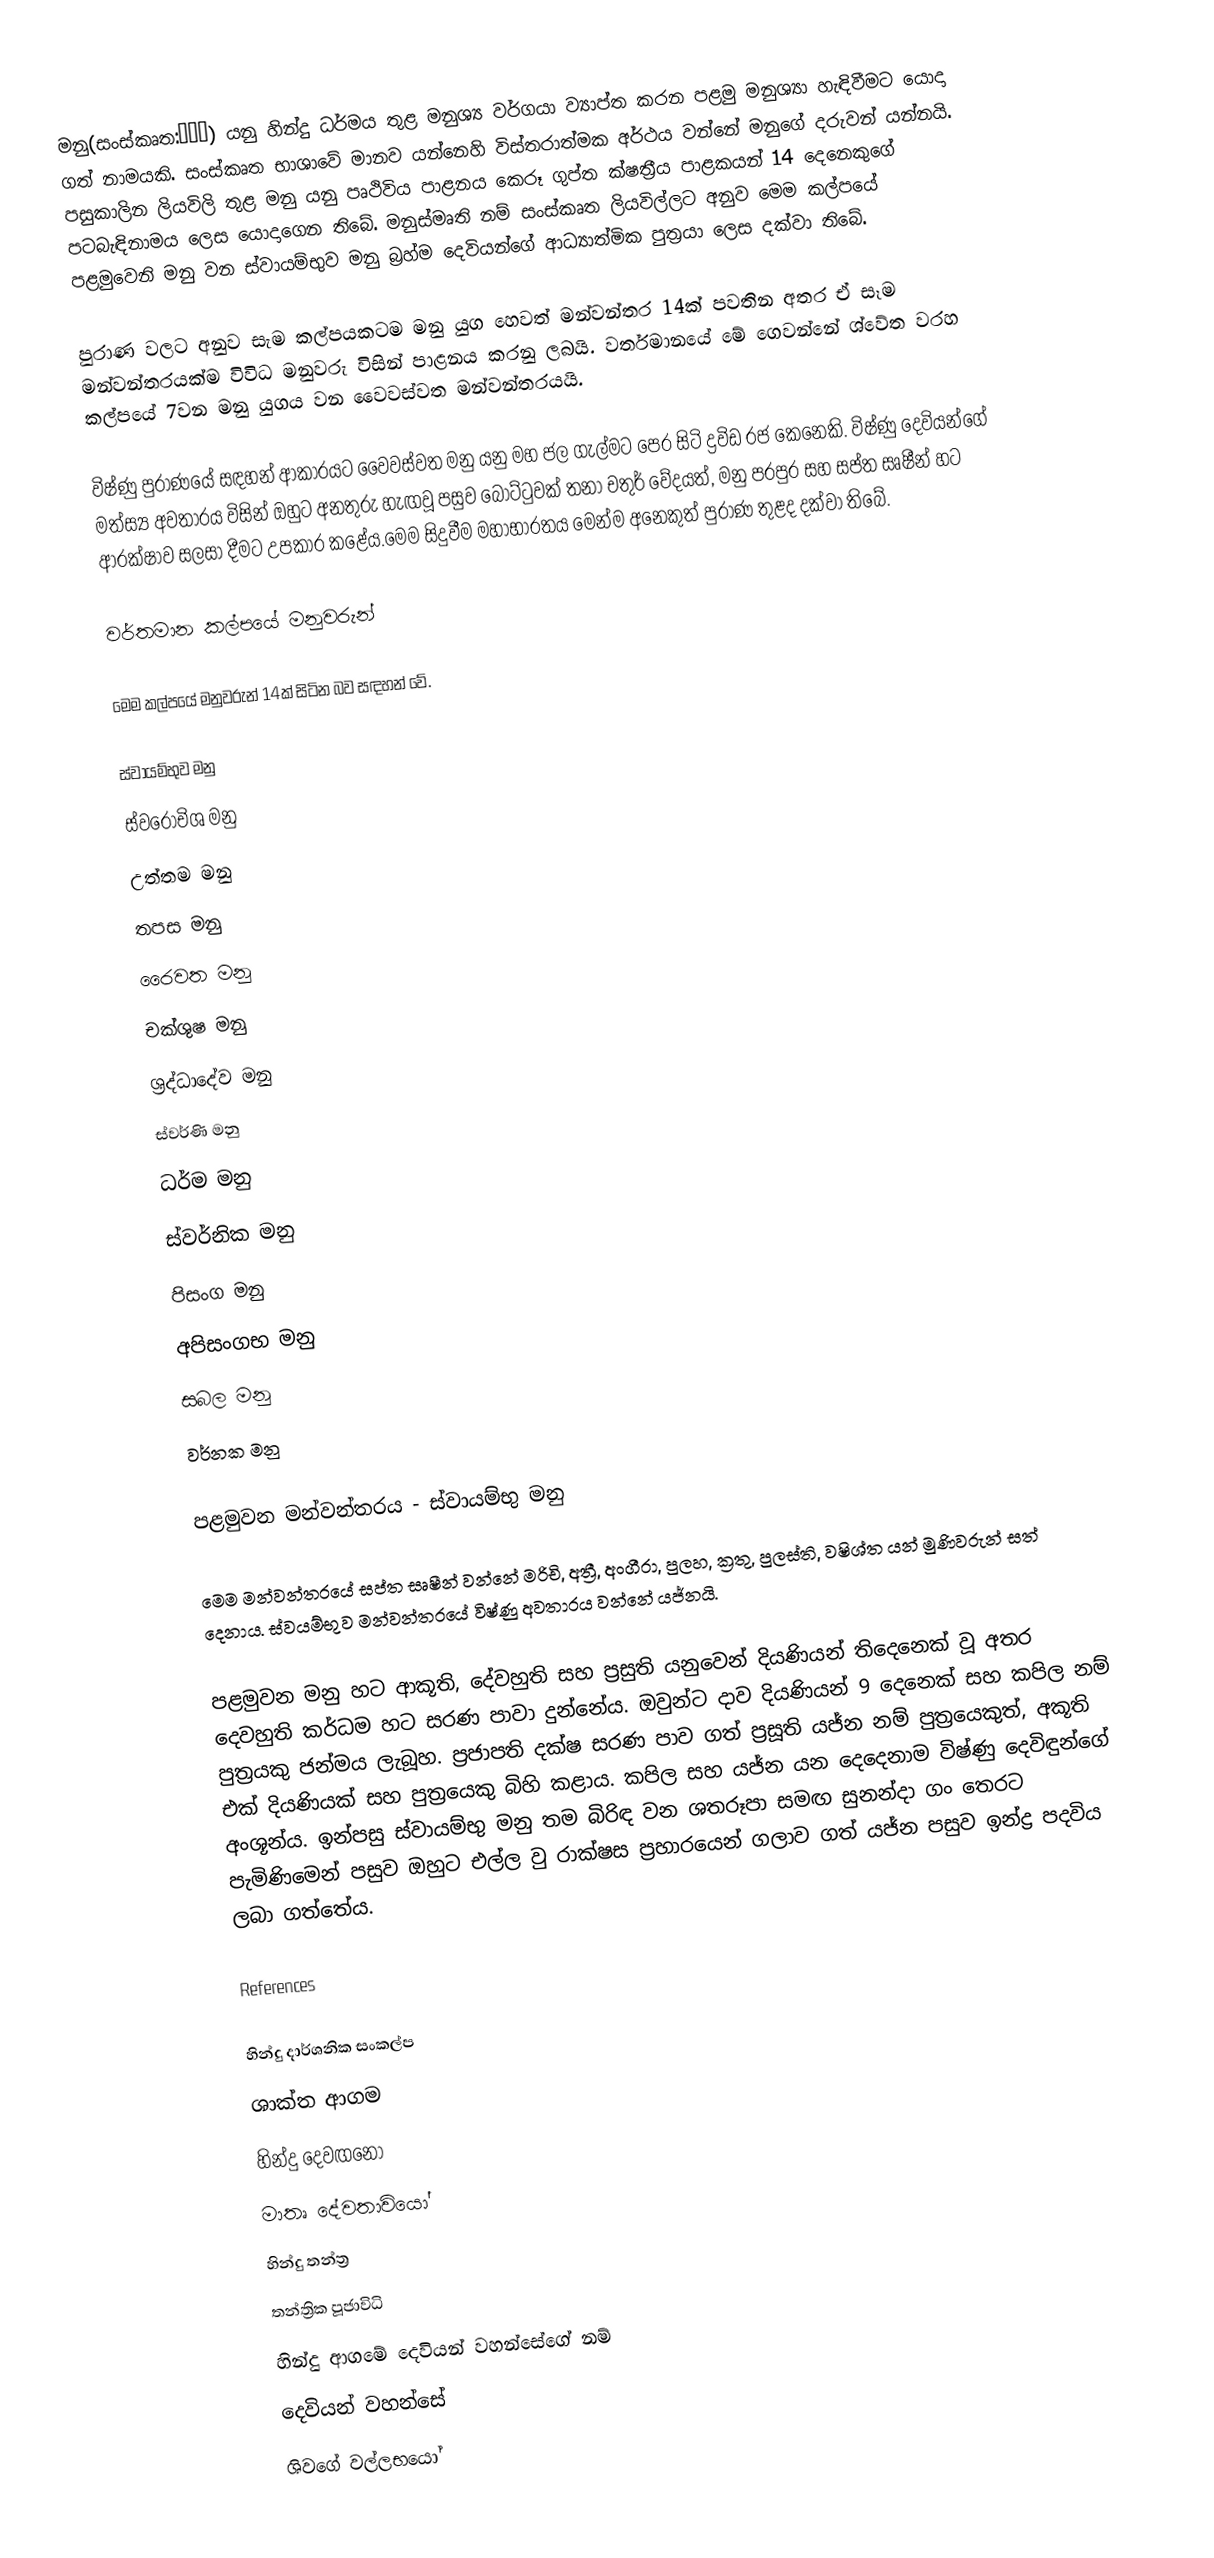
මනු(සංස්කෘත:मनु) යනු හින්දු ධර්මය තුළ මනුශ්‍ය වර්ගයා ව්‍යාප්ත කරන පළමු මනුශ්‍යා හැඳිවීමට යොදා ගත් නාමයකි. සංස්කෘත භාශාවේ මානව යන්නෙහි විස්තරාත්මක අර්ථය වන්නේ මනුගේ දරුවන් යන්නයි. පසුකාලින ලියවිලි තුළ මනු යනු පෘථිවිය පාළනය කෙරූ ගුප්ත ක්ෂත්‍රීය පාළකයන් 14 දෙනෙකුගේ පටබැඳිනාමය ලෙස යොදාගෙන තිබේ. මනුස්මෘති නම් සංස්කෘත ලියවිල්ලට අනුව මෙම කල්පයේ පළමුවෙනි මනු වන ස්වායම්භුව මනු බ්‍රහ්ම දෙවියන්ගේ ආධ්‍යාත්මික පුත්‍රයා ලෙස දක්වා තිබේ.

පුරාණ වලට අනුව සැම කල්පයකටම මනු යුග හෙවත් මන්වන්තර 14ක් පවතින අතර ඒ සෑම මන්වන්තරයක්ම විවිධ මනුවරු විසින් පාළනය කරනු ලබයි. වර්තමානයේ මේ ගෙවන්නේ ශ්වේත වරහ කල්පයේ 7වන මනු යුගය වන වෛවස්වත මන්වන්තරයයි.

විෂ්ණු පුරාණයේ සඳහන් ආකාරයට වෛවස්වත මනු යනු මහ ජල ගැල්මට පෙර සිටි ද්‍රවිඩ රජ කෙනෙකි. විෂ්ණු දෙවියන්ගේ මත්ස්‍ය අවතාරය විසින් ඔහුට අනතුරු හැඟවූ පසුව බෝට්ටුවක් තනා චතුර් වේදයත්, මනු පරපුර සහ සප්ත සෘෂීන් හට ආරක්ෂාව සලසා දීමට උපකාර කළේය.මෙම සිදුවීම මහාභාරතය මෙන්ම අනෙකුත් පුරාණ තුළද දක්වා තිබේ.

වර්තමාන කල්පයේ මනුවරුන්

මෙම කල්පයේ මනුවරුන් 14ක් සිටින බව සඳහන් වේ.

 ස්වායම්භුව මනු
 ස්වරෝචිශ මනු
 උත්තම මනු
 තපස මනු
 රෛවත මනු
 චක්ශුෂ මනු
 ශ්‍රද්ධාදේව මනු
 ස්වර්ණි මනු
 ධර්ම මනු
 ස්වර්නික මනු
 පිසංග මනු
 අපිසංගභ මනු
 සබල මනු
 වර්නක මනු

පළමුවන මන්වන්තරය - ස්වායම්භු මනු

මෙම මන්වන්තරයේ සප්ත සෘෂීන් වන්නේ මරිචි, අත්‍රී, අංගීරා, පුලහ, ක්‍රතු, පුලස්ති, වෂිශ්ත යන් මුණිවරුන් සත් දෙනාය. ස්වයම්භුව මන්වන්තරයේ විෂ්ණු අවතාරය වන්නේ යජ්නයි.

පළමුවන මනු හට ආකූති, දේවහුති සහ ප්‍රසුති යනුවෙන් දියණියන් තිදෙනෙක් වූ අතර දෙවහුති කර්ධම හට සරණ පාවා දුන්නේය. ඔවුන්ට දාව දියණියන් 9 දෙනෙක් සහ කපිල නම් පුත්‍රයකු ජන්මය ලැබූහ. ප්‍රජාපති දක්ෂ සරණ පාව ගත් ප්‍රසූති යජ්න නම් පුත්‍රයෙකුත්, අකූති එක් දියණියක් සහ පුත්‍රයෙකු බිහි කළාය. කපිල සහ යජ්න යන දෙදෙනාම විෂ්ණු දෙවිඳුන්ගේ අංශූන්ය. ඉන්පසු ස්වායම්භු මනු තම බිරිඳ වන ශතරූපා සමඟ සුනන්දා ගං තෙරට පැමිණිමෙන් පසුව ඔහුට එල්ල වු රාක්ෂස ප්‍රහාරයෙන් ගලාව ගත් යජ්න පසුව ඉන්ද්‍ර පදවිය ලබා ගත්තේය.

References

හින්දු දාර්ශනික සංකල්ප
ශාක්ත ආගම
හින්දු දෙවඟනෝ
මාතෘ දේවතාවියෝ
හින්දු තන්ත්‍ර
තන්ත්‍රික පූජාවිධි
හින්දු ආගමේ දෙවියන් වහන්සේගේ නම්
දෙවියන් වහන්සේ
ශිවගේ වල්ලභයෝ